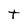
Character: t